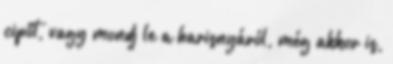
cipőt, vagy mondj le a harisnyáról, még akkor is,